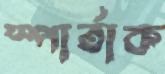
স্পার্তাক